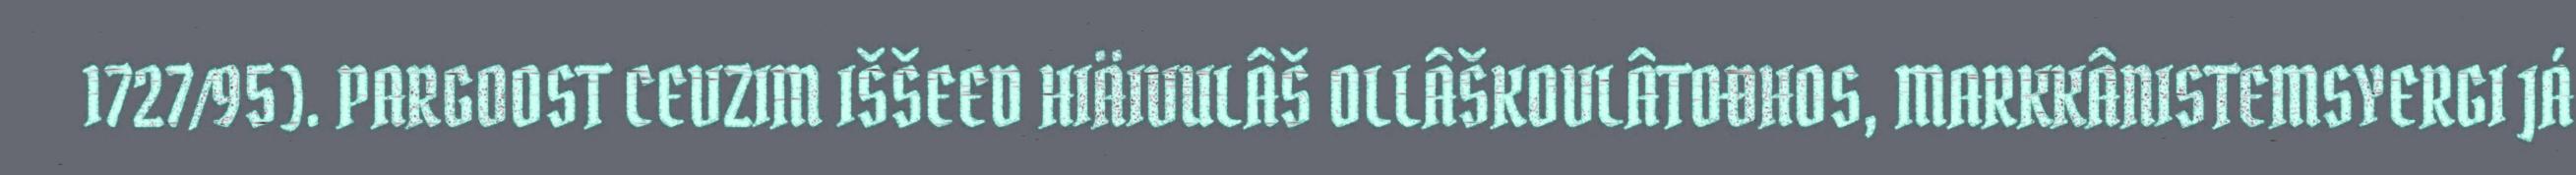
1727/95). PARGOOST CEVZIM IŠŠEED HIÄIVULÂŠ OLLÂŠKOVLÂTOĐHOS, MARKKÂNISTEMSYERGI JÁ